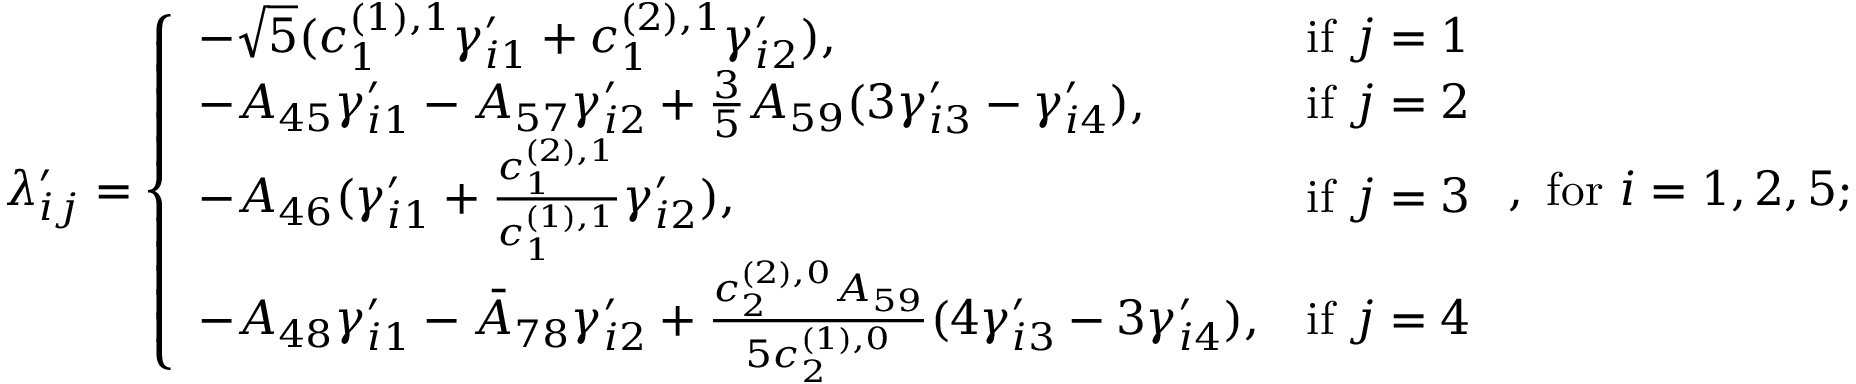
\lambda _ { i j } ^ { \prime } = \left\{ \begin{array} { l l } { - \sqrt { 5 } ( c _ { 1 } ^ { ( 1 ) , 1 } \gamma _ { i 1 } ^ { \prime } + c _ { 1 } ^ { ( 2 ) , 1 } \gamma _ { i 2 } ^ { \prime } ) , } & { \mathrm { i f ~ } j = 1 } \\ { - A _ { 4 5 } \gamma _ { i 1 } ^ { \prime } - A _ { 5 7 } \gamma _ { i 2 } ^ { \prime } + \frac { 3 } { 5 } A _ { 5 9 } ( 3 \gamma _ { i 3 } ^ { \prime } - \gamma _ { i 4 } ^ { \prime } ) , } & { \mathrm { i f ~ } j = 2 } \\ { - A _ { 4 6 } ( \gamma _ { i 1 } ^ { \prime } + \frac { c _ { 1 } ^ { ( 2 ) , 1 } } { c _ { 1 } ^ { ( 1 ) , 1 } } \gamma _ { i 2 } ^ { \prime } ) , } & { \mathrm { i f ~ } j = 3 } \\ { - A _ { 4 8 } \gamma _ { i 1 } ^ { \prime } - \bar { A } _ { 7 8 } \gamma _ { i 2 } ^ { \prime } + \frac { c _ { 2 } ^ { ( 2 ) , 0 } A _ { 5 9 } } { 5 c _ { 2 } ^ { ( 1 ) , 0 } } ( 4 \gamma _ { i 3 } ^ { \prime } - 3 \gamma _ { i 4 } ^ { \prime } ) , } & { \mathrm { i f ~ } j = 4 } \end{array} \right. , \mathrm { ~ f o r ~ } i = 1 , 2 , 5 ;